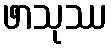
ဖာသုဿ